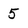
Character: 5